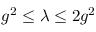
g ^ { 2 } \le \lambda \le 2 g ^ { 2 }